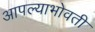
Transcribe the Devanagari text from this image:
आपल्याभोवती